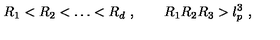
R _ { 1 } < R _ { 2 } < \dots < R _ { d } \ , \qquad R _ { 1 } R _ { 2 } R _ { 3 } > l _ { p } ^ { 3 } \ ,